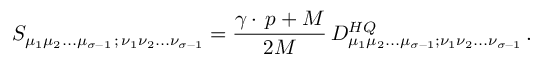
S _ { \mu _ { 1 } \mu _ { 2 } . . . \mu _ { \sigma - 1 } \, ; \, \nu _ { 1 } \nu _ { 2 } . . . \nu _ { \sigma - 1 } } = { \frac { \gamma \cdot \, p + M } { 2 M } } \, D _ { \mu _ { 1 } \mu _ { 2 } . . . \mu _ { \sigma - 1 } ; \nu _ { 1 } \nu _ { 2 } . . . \nu _ { \sigma - 1 } } ^ { H Q } \, .